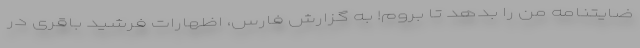
ضایتنامه من را بدهد تا بروم! به گزارش فارس، اظهارات فرشید باقری در